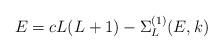
LaTeX: \begin{align*}E=cL(L+1)-\Sigma_L^{(1)}(E,k)\end{align*}